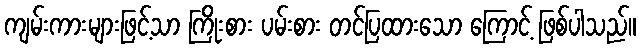
ကျမ်းကားများဖြင့်သာ ကြိုးစား ပမ်းစား တင်ပြထားသော ကြောင့် ဖြစ်ပါသည်။